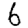
Digit: 6